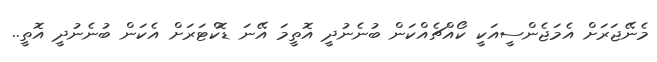
މެނޭޖަރަށް އެމަޖެންސީއަކީ ކޯއްޗެއްކަން ބުނެނުދީ އޮތީމަ އޭނަ ޑޮކްޓަރަށް އެކަން ބުނެނުދީ އޮތީ..